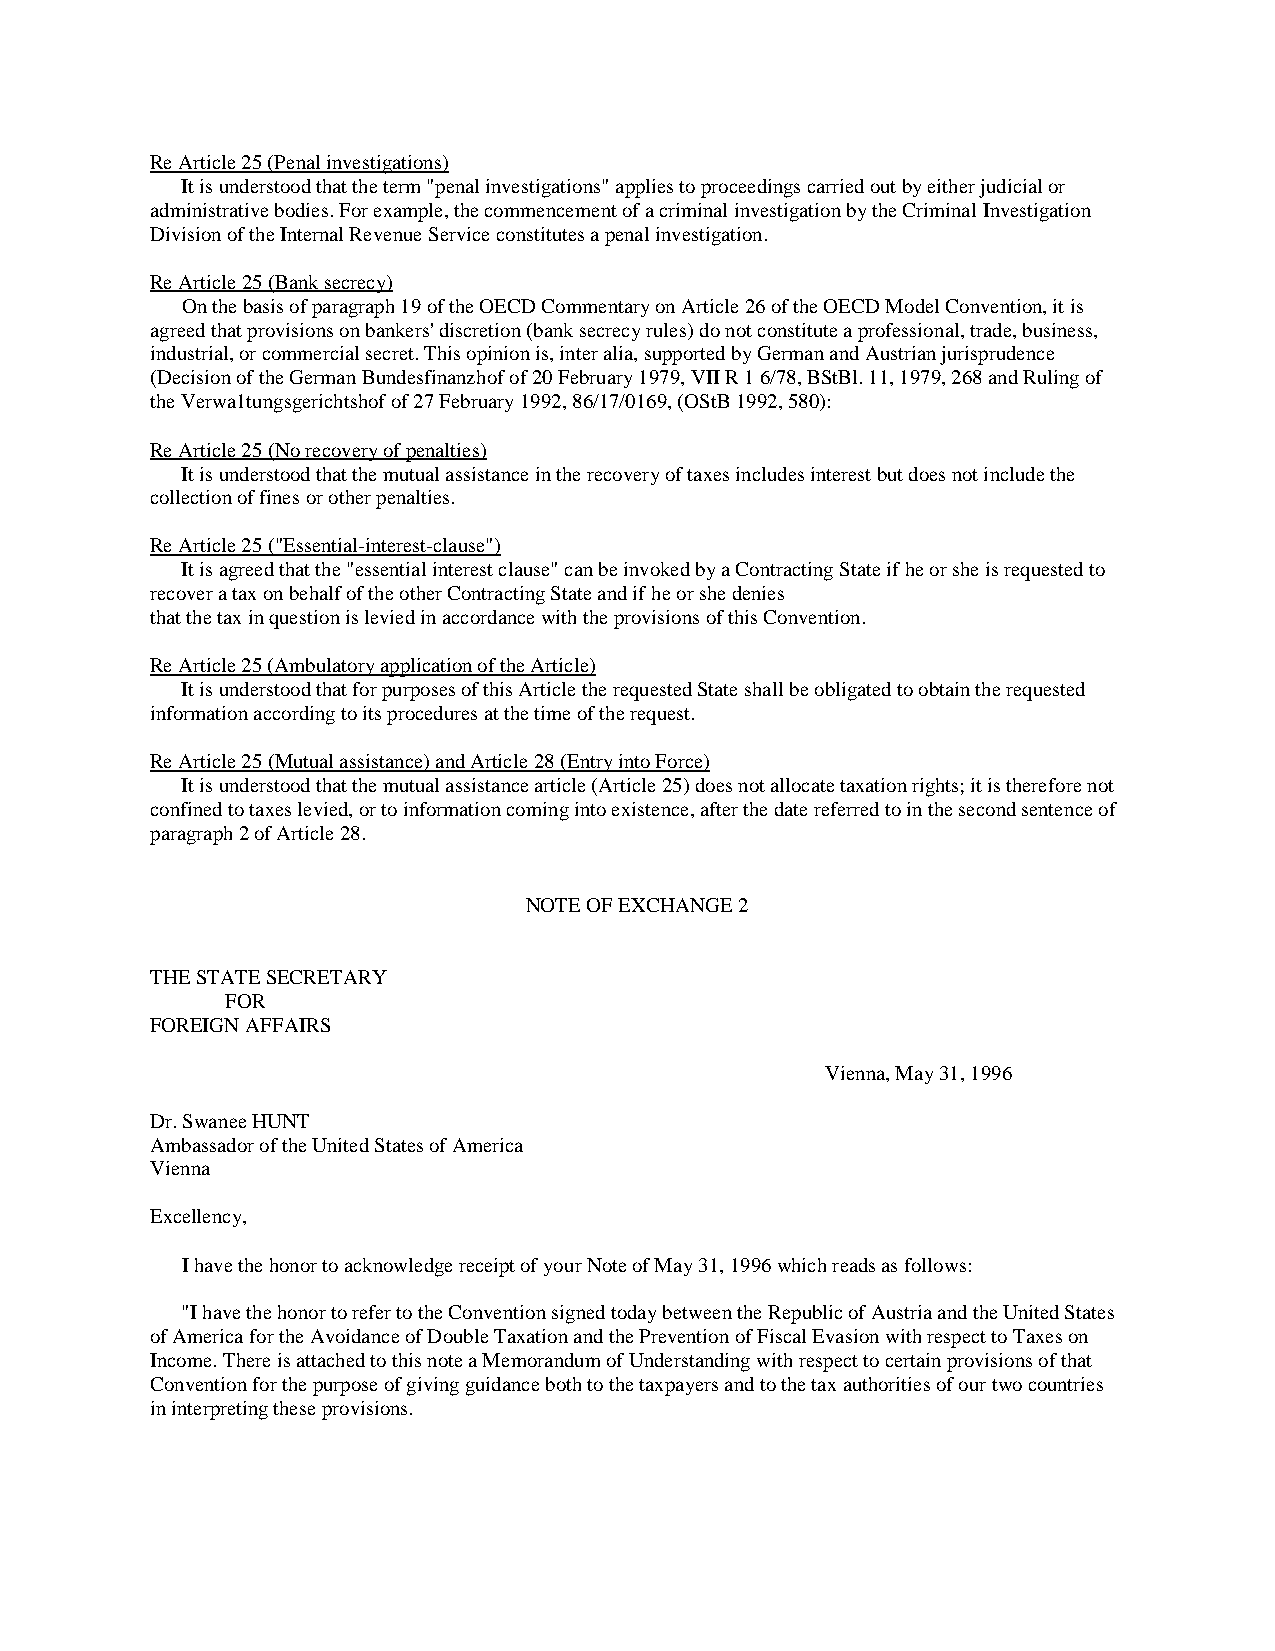
Re Article 25 (Penal investigations)
 It is understood that the term "penal investigations" applies to proceedings carried out by either judicial or
 administrative bodies. For example, the commencement of a criminal investigation by the Criminal Investigation
 Division of the Internal Revenue Service constitutes a penal investigation.
 Re Article 25 (Bank secrecy)
 On the basis of paragraph 19 of the OECD Commentary on Article 26 of the OECD Model Convention, it is
 agreed that provisions on bankers' discretion (bank secrecy rules) do not constitute a professional, trade, business,
 industrial, or commercial secret. This opinion is, inter alia, supported by German and Austrian jurisprudence
 (Decision of the German Bundesfinanzhof of 20 February 1979, VII R 1 6/78, BStBl. 11, 1979, 268 and Ruling of
 the Verwa1tungsgerichtshof of 27 February 1992, 86/17/0169, (OStB 1992, 580):
 Re Article 25 (No recovery of penalties)
 It is understood that the mutual assistance in the recovery of taxes includes interest but does not include the
 collection of fines or other penalties.
 Re Article 25 ("Essential-interest-clause")
 It is agreed that the "essential interest clause" can be invoked by a Contracting State if he or she is requested to
 recover a tax on behalf of the other Contracting State and if he or she denies
 that the tax in question is levied in accordance with the provisions of this Convention.
 Re Article 25 (Ambulatory application of the Article)
 It is understood that for purposes of this Article the requested State shall be obligated to obtain the requested
 information according to its procedures at the time of the request.
 Re Article 25 (Mutual assistance) and Article 28 (Entry into Force)
 It is understood that the mutual assistance article (Article 25) does not allocate taxation rights; it is therefore not
 confined to taxes levied, or to information coming into existence, after the date referred to in the second sentence of
 paragraph 2 of Article 28.
 NOTE OF EXCHANGE 2
 THE STATE SECRETARY
 FOR
 FOREIGN AFFAIRS
 Vienna, May 31, 1996
 Dr. Swanee HUNT
 Ambassador of the United States of America
 Vienna
 Excellency,
 I have the honor to acknowledge receipt of your Note of May 31, 1996 which reads as follows:
 "I have the honor to refer to the Convention signed today between the Republic of Austria and the United States
 of America for the Avoidance of Double Taxation and the Prevention of Fiscal Evasion with respect to Taxes on
 Income. There is attached to this note a Memorandum of Understanding with respect to certain provisions of that
 Convention for the purpose of giving guidance both to the taxpayers and to the tax authorities of our two countries
 in interpreting these provisions.